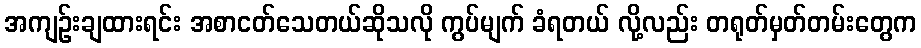
အကျဉ်းချထားရင်း အစာငတ်သေတယ်ဆိုသလို ကွပ်မျက် ခံရတယ် လို့လည်း တရုတ်မှတ်တမ်းတွေက